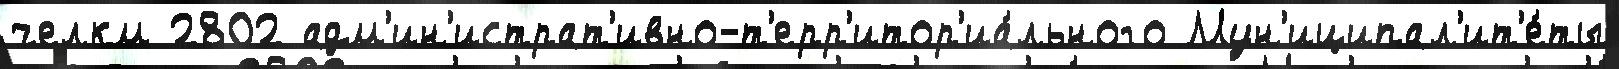
челкм 2802 адм'ин'истрат'ивно-т'ерр'итор'иа́льного Мун'иципал'ит'е́ты